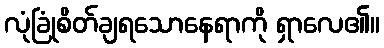
လုံခြုံစိတ်ချရသောနေရာကို ရှာလေ၏။